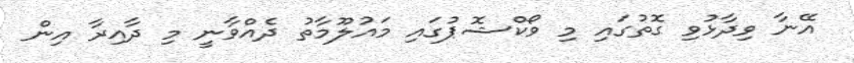
އޭނާ ވިދާޅުވި ގޮތުގައި މި ވޯކްޝޮޕުގައި މައުލޫމާތު ދެއްވާނީ މި ދާއިރާ އިން